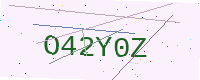
Text: O42Y0Z